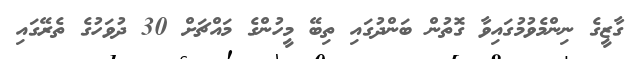
ގާޒީގެ ނިންމެވުމުގައިވާ ގޮތުން ބަންދުގައި ތިބޭ މީހުންގެ މައްޗަށް 30 ދުވަހުގެ ތެރޭގައި